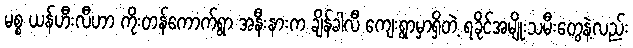
မစ္စ ယန်ဟီးလီဟာ ကိုးတန်ကောက်ရွာ အနီးနားက ချိန်ခါလီ ကျေးရွာမှာရှိတဲ့ ရခိုင်အမျိုးသမီးတွေနဲ့လည်း